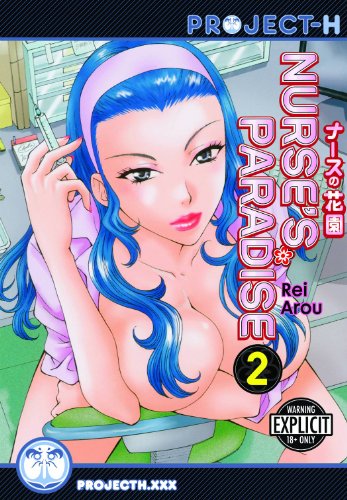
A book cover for Nurse's Paradise Volume 2 (Hentai Manga); Rei Arou; Comics & Graphic Novels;